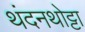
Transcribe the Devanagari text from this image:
थंदनथोट्टा